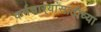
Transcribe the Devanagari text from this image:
कर्मचार्‍यांसाठीच्या